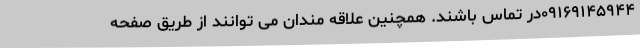
۰۹۱۶۹۱۴۵۹۴۴در تماس باشند. همچنین علاقه مندان می توانند از طریق صفحه